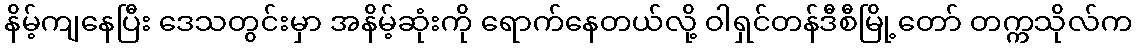
နိမ့်ကျနေပြီး ဒေသတွင်းမှာ အနိမ့်ဆုံးကို ရောက်နေတယ်လို့ ဝါရှင်တန်ဒီစီမြို့တော် တက္ကသိုလ်က